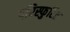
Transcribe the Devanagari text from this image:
परिस्फुटित